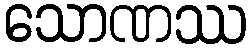
သောဏဿ